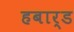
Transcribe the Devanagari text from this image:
हबार्ड